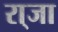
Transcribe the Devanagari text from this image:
रा्जा